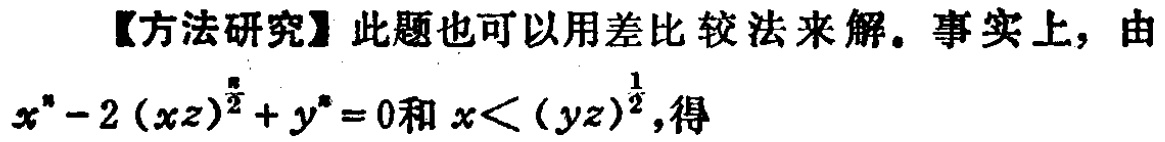
【方法研究】此题也可以用差比较法来解。事实上，由
$x^{n}-2 (xz)^{\frac{n}{2}} + y^{n} = 0$和$x<(yz)^{\frac{1}{2}}$,得